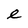
Character: e